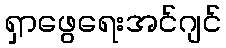
ရှာဖွေရေးအင်ဂျင်